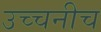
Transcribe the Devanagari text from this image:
उच्चनीच